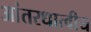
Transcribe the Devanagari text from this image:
आंतरधात्वीय